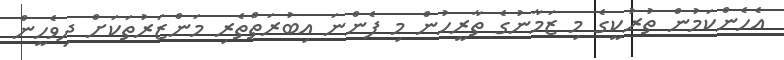
އެހެންކަމުން ތުރުކީގެ މި ޒަމާނުގެ ތާރީހުން މި ފެންނަ އިބުރަތްތެރި މަންޒަރުތަކަށް ދިވެހީން